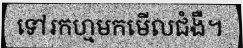
ទៅរកហ្មមកមើលជំងឺ។